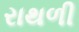
રાથળી